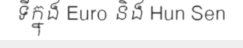
ទីក្នុង Euro និង Hun Sen